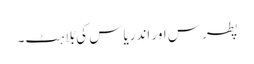
پطرس اور اندریاس کی بُلاہٹ۔